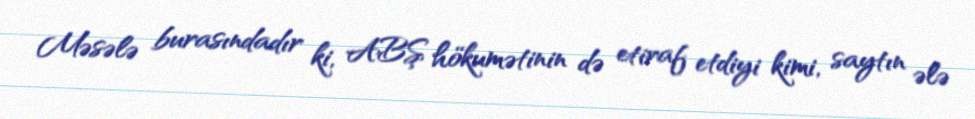
Məsələ burasındadır ki, ABŞ hökumətinin də etiraf etdiyi kimi, saytın ələ